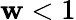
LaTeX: \mathbf{w}<1